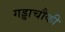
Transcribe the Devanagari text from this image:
गड्डाचौकी